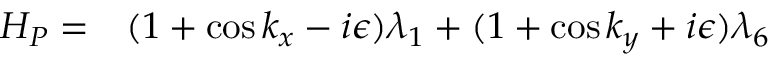
\begin{array} { r l } { H _ { P } = } & { { } ( 1 + \cos k _ { x } - i \epsilon ) \lambda _ { 1 } + ( 1 + \cos k _ { y } + i \epsilon ) \lambda _ { 6 } } \end{array}